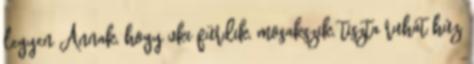
legyen Annak, hogy vki fürdik, mosakszik, tiszta ruhát húz,